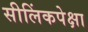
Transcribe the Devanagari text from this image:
सीलिंकपेक्षा